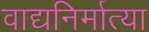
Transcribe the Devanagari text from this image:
वाद्यनिर्मात्या